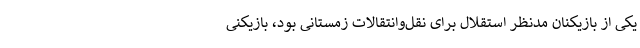
یکی از بازیکنان مدنظر استقلال برای نقل‌وانتقالات زمستانی بود، بازیکنی